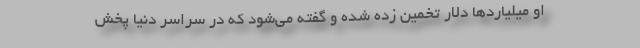
او میلیاردها دلار تخمین زده شده و گفته می‌شود که در سراسر دنیا پخش